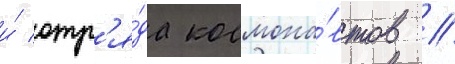
и́ отр'я́да космона́втов //